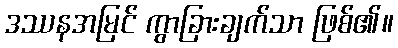
ဒဿနအမြင် ကွာခြားချက်သာ ဖြစ်၏။